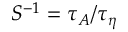
S ^ { - 1 } = \tau _ { A } / \tau _ { \eta }